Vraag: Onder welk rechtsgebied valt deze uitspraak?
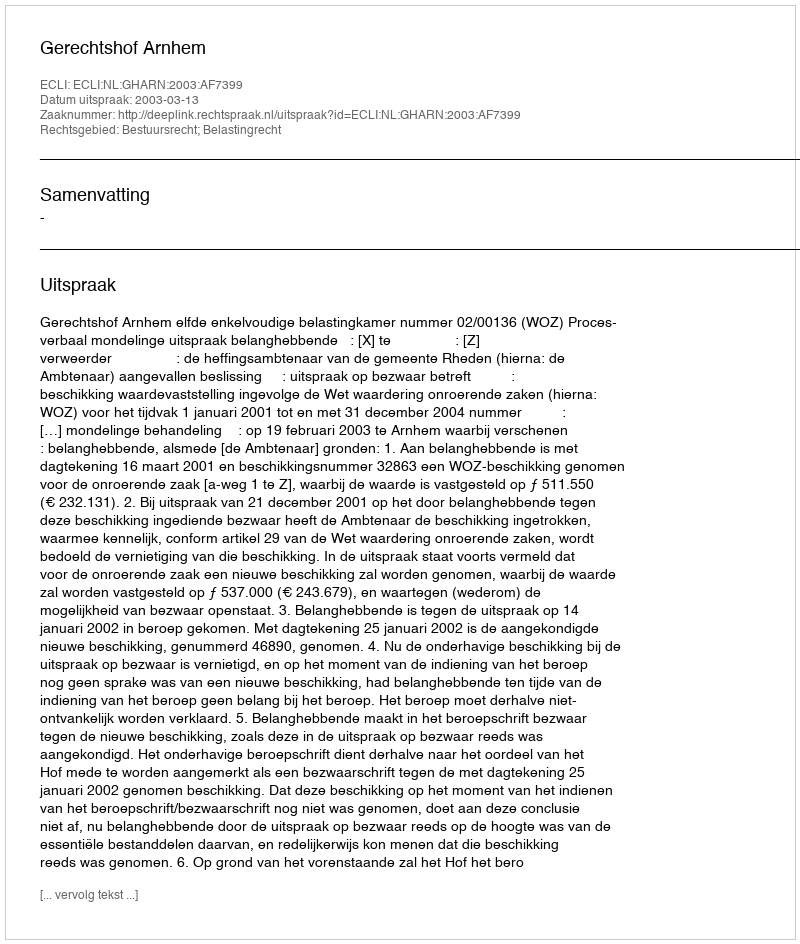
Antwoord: Bestuursrecht; Belastingrecht